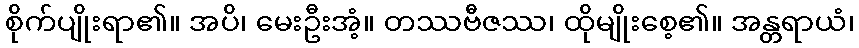
စိုက်ပျိုးရာ၏။ အပိ၊ မေးဦးအံ့။ တဿဗီဇဿ၊ ထိုမျိုးစေ့၏။ အန္တရာယံ၊